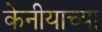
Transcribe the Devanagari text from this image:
केनीयाच्या